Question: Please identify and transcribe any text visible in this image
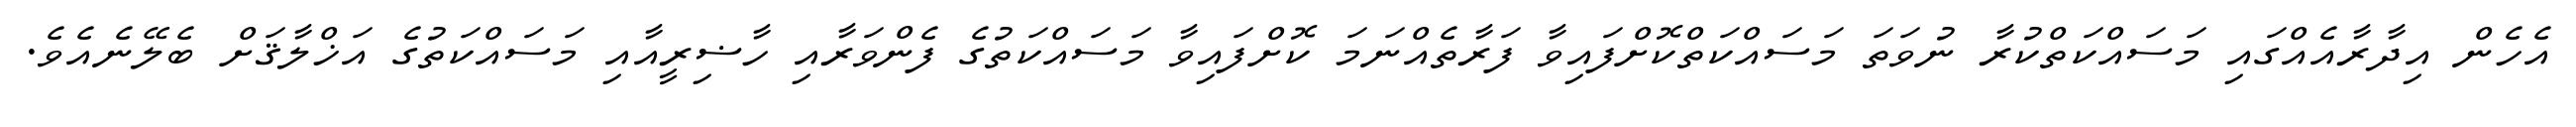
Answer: އެހެން އިދާރާއެއްގައި މަސައްކަތްކުރާ ނުވަތަ މަސައްކަތްކޮށްފައިވާ ފަރާތެއްނަމަ ކޮށްފައިވާ މަސައްކަތުގެ ފެންވަރާއި ހާޟިރީއާއި މަސައްކަތުގެ އަޚްލާޤަށް ބެލޭނެއެވެ.